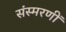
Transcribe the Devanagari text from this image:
संस्मरणीं